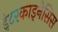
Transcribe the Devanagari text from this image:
इंटरकाइनेसिस